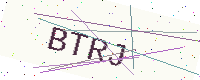
Text: BTRJ